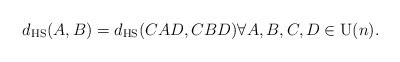
\begin{align*} d_ \textrm{HS}(A,B) = d_ \textrm{HS}(CAD,CBD) \forall A,B,C,D \in \mathrm{U}(n).\end{align*}